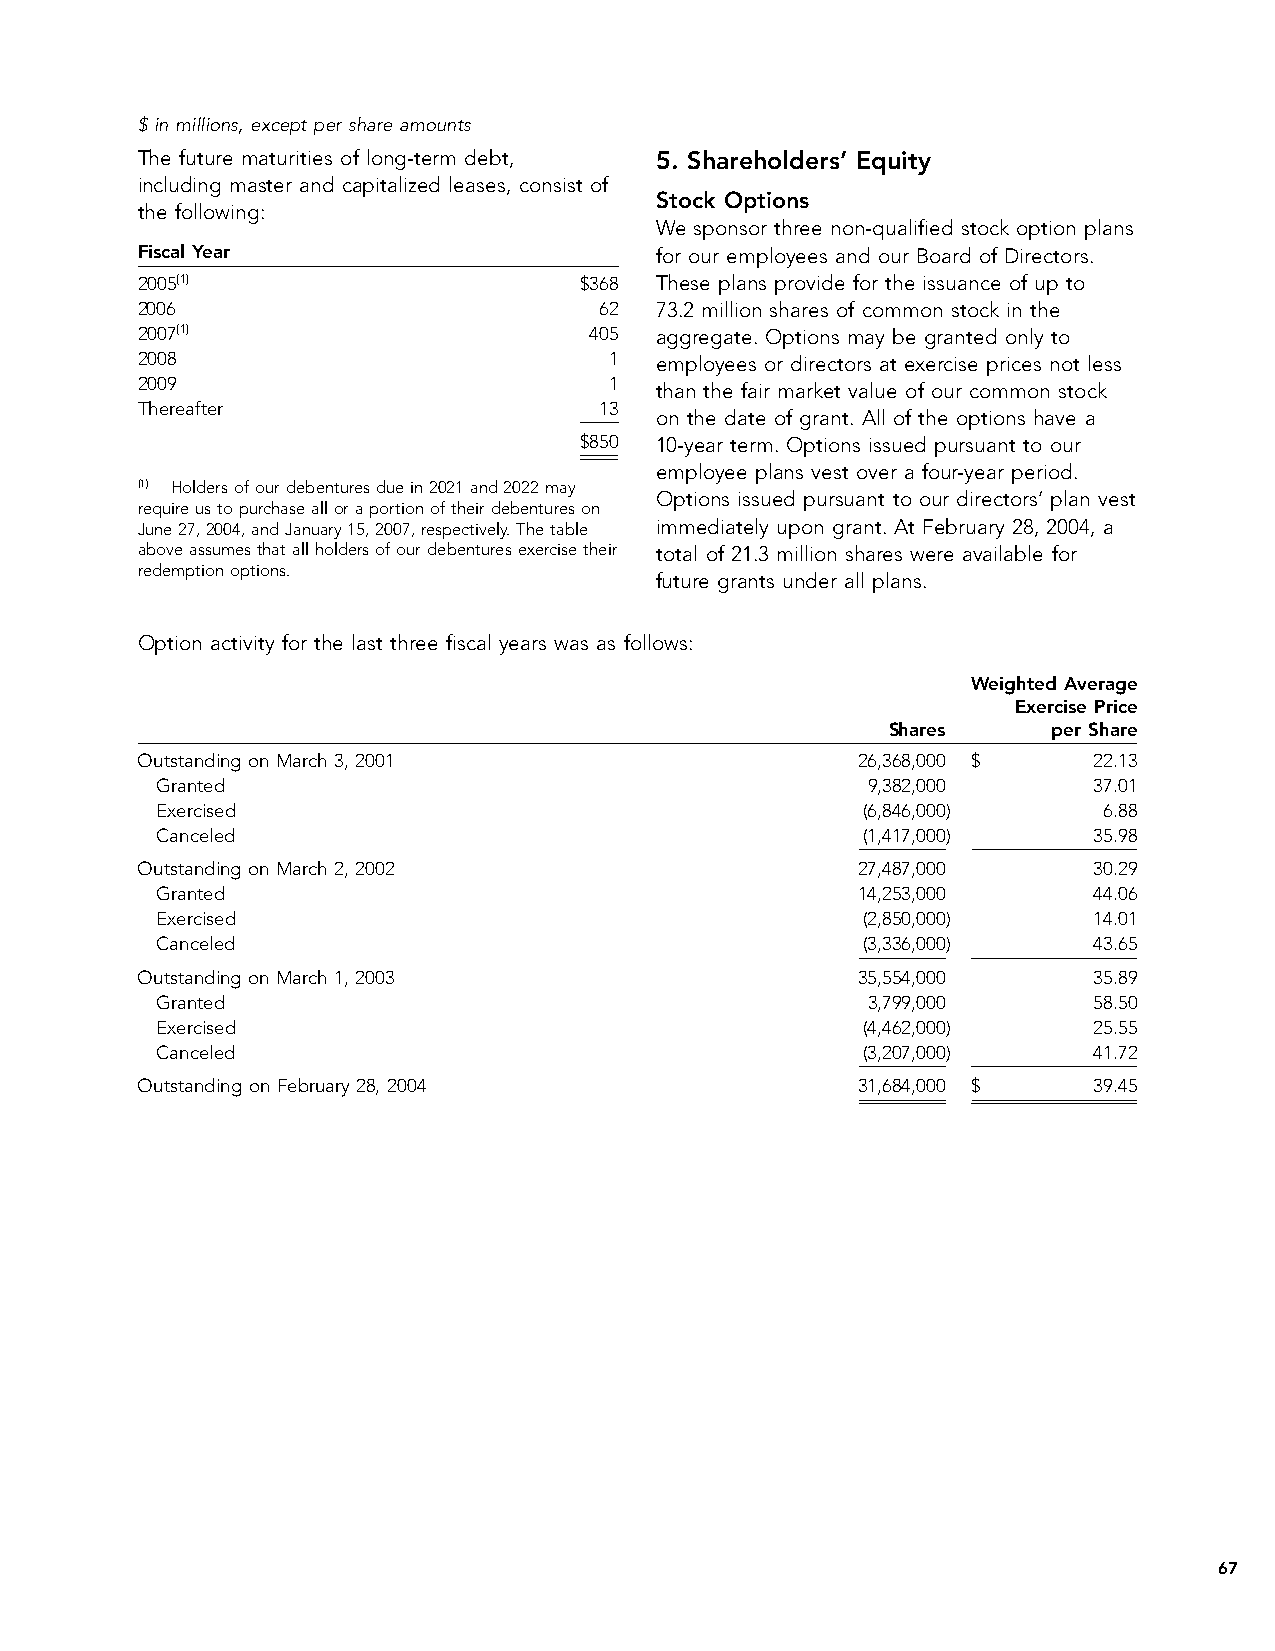
$ in millions, except per share amounts
 The future maturities of long-term debt, 5. Shareholders’ Equity
 including master and capitalized leases, consist of
 Stock Options
 the following:
 We sponsor three non-qualified stock option plans
 Fiscal Year                       for our employees and our Board of Directors.
 2005(1)                      $368 These plans provide for the issuance of up to
 2006                           62 73.2 million shares of common stock in the
 2007(1)                       405 aggregate. Options may be granted only to
 2008                           1  employees or directors at exercise prices not less
 2009                           1
 than the fair market value of our common stock
 Thereafter                     13
 on the date of grant. All of the options have a
 $850 10-year term. Options issued pursuant to our
 employee plans vest over a four-year period.
 (1) Holders of our debentures due in 2021 and 2022 may
 Options issued pursuant to our directors’ plan vest
 require us to purchase all or a portion of their debentures on
 June 27, 2004, and January 15, 2007, respectively. The table immediately upon grant. At February 28, 2004, a
 above assumes that all holders of our debentures exercise their total of 21.3 million shares were available for
 redemption options.
 future grants under all plans.
 Option activity for the last three fiscal years was as follows:
 Weighted Average
 Exercise Price
 Shares     per Share
 Outstanding on March 3, 2001                    26,368,000 $   22.13
 Granted                                        9,382,000      37.01
 Exercised                                      (6,846,000)     6.88
 Canceled                                       (1,417,000)    35.98
 Outstanding on March 2, 2002                    27,487,000     30.29
 Granted                                        14,253,000     44.06
 Exercised                                      (2,850,000)    14.01
 Canceled                                       (3,336,000)    43.65
 Outstanding on March 1, 2003                    35,554,000     35.89
 Granted                                        3,799,000      58.50
 Exercised                                      (4,462,000)    25.55
 Canceled                                       (3,207,000)    41.72
 Outstanding on February 28, 2004                31,684,000 $   39.45
 67